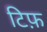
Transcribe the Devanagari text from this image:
टिफ़